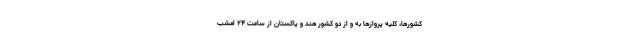
کشورها، کلیه پروازها به و از دو کشور هند و پاکستان از ساعت ۲۴ امشب